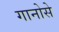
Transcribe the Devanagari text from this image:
गानोसे